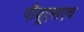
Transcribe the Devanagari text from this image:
पीयूएसएच